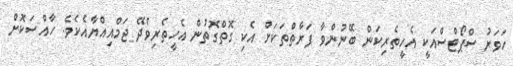
ހަވަރު ސްޕޯޓްސްއަކީ އެހީތެރިކަން ބޭނުންވާ ފަރާތްތަކަށް އެކި ގޮތްގޮތުން އެހީތެރިވެދޭ ޖަމްއިއްޔާއެކެވެ. ހާއްސަކޮށް